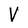
Character: V